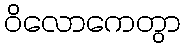
ဝိလောကေတွာ